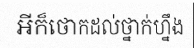
អីក៏ថោកដល់ថ្នាក់ហ្នឹង